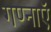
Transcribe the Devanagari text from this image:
गण्नाऍ